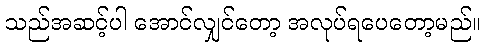
သည်အဆင့်ပါ အောင်လျှင်တော့ အလုပ်ရပေတော့မည်။